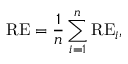
\mathrm { { R E } } = \frac { 1 } { n } \sum _ { i = 1 } ^ { n } \mathrm { { R E } } _ { i } ,